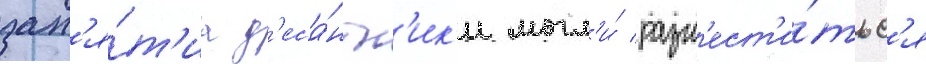
зан'я́т'иа д'еса́нтн'ик'и могл'и́ разм'ест'и́тьс'я